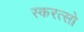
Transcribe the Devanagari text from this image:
स्करत्सो